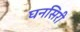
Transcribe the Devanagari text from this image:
घनसिरी